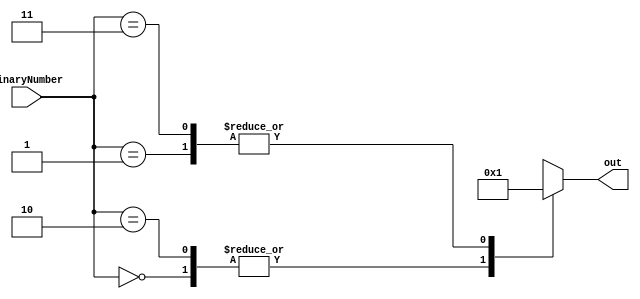
// get binary number and display corresponding digital number using switch case
module switchCase(binaryNumber,out);
input [1:0]binaryNumber;
output [16:0]out;
reg [16:0]out;

always @* 
begin
        $display("%b",binaryNumber);

    case (binaryNumber)
        2'b00:out=0;
        2'b01:out=1;
        2'b10:out=0;
        2'b11:out=1;
        default:out=11;
    endcase

end

endmodule

module testSwitchCase;
reg [1:0]binaryNumber;
wire [16:0]out;
switchCase sw(binaryNumber,out);
initial begin
    $monitor("binaryNumber=%b,out=%b",binaryNumber,out);
    binaryNumber=2'b00;
    #10;
    binaryNumber=2'b01;
    #10;
    binaryNumber=2'b10;
    #10;
    binaryNumber=2'b11;
    #10;
end
endmodule